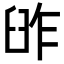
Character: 𦥬